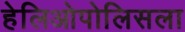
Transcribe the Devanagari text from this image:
हेलिओपोलिसला